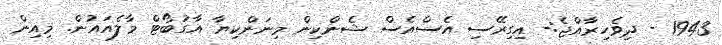
1943 - ދިވެހިރާއްޖެ:- އިގިރޭސި އެސްއެސް ޝެންކިން މިނަންކިޔާ އާގުބޯޓް މާލެއައުން. މިއިން